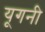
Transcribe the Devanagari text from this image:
यूगनी